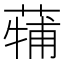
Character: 𮐳